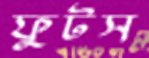
ফুটস